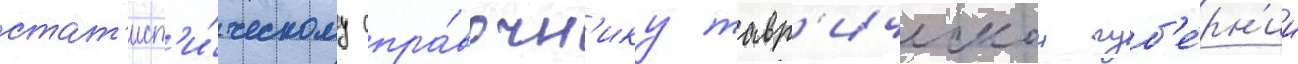
стат'ист'и́ческому спра́вочн'ику тавр'ическои губ'е́рн'ии